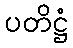
ပတိဋ္ဌံ